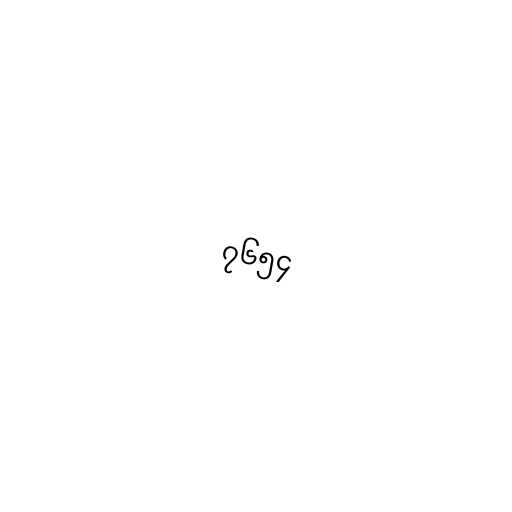
၇၆၅၄